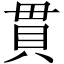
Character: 貫